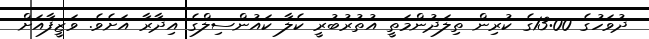
ދުވަހުގެ 13:00ގެ ކުރިން ތިލަދުންމަތީ އުތުރުބުރީ ކެލާ ކައުންސިލްގެ އިދާރާ އަށެވެ. ވަޒީފާއަށް